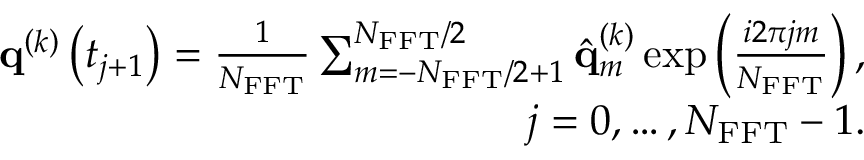
\begin{array} { r } { { \mathbf { q } } ^ { \left( k \right) } \left( t _ { j + 1 } \right) = \frac { 1 } { N _ { \mathrm { F F T } } } \sum _ { m = - N _ { \mathrm { F F T } } / 2 + 1 } ^ { N _ { \mathrm { F F T } } / 2 } \hat { { \mathbf { q } } } _ { m } ^ { \left( k \right) } \exp \left( { \frac { i 2 \pi j m } { N _ { \mathrm { F F T } } } } \right) , } \\ { j = 0 , \dots , N _ { \mathrm { F F T } } - 1 . } \end{array}